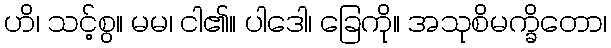
ဟိ၊ သင့်စွ။ မမ၊ ငါ၏။ ပါဒေါ၊ ခြေကို။ အသုစိမက္ခိတော၊